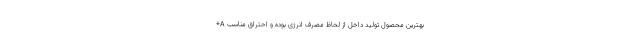
+A بهترین محصول تولید داخل از لحاظ مصرف انرژی بوده و احتراق مناسب